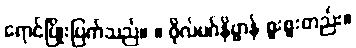
ရောင်ပြိုးပြက်သည်။ ။ ဖိုလ်မဂ်နိဗ္ဗာန် စူးစူးတည်း။